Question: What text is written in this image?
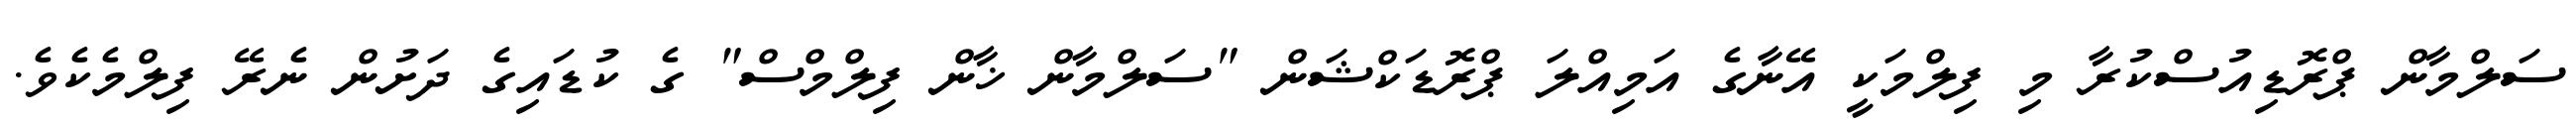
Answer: ސަލްމާން ޕްރޮޑިއުސްކުރާ މި ފިލްމަކީ އޭނާގެ އަމިއްލަ ޕްރޮޑަކްޝަން "ސަލްމާން ޚާން ފިލްމްސް" ގެ ކުޑައިގެ ދަށުން ނެރޭ ފިލްމެކެވެ.